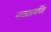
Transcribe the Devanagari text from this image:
नाट्यसमर्पित